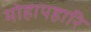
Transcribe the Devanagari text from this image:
मोहापहारि